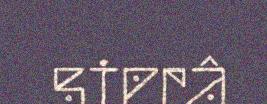
sierâ